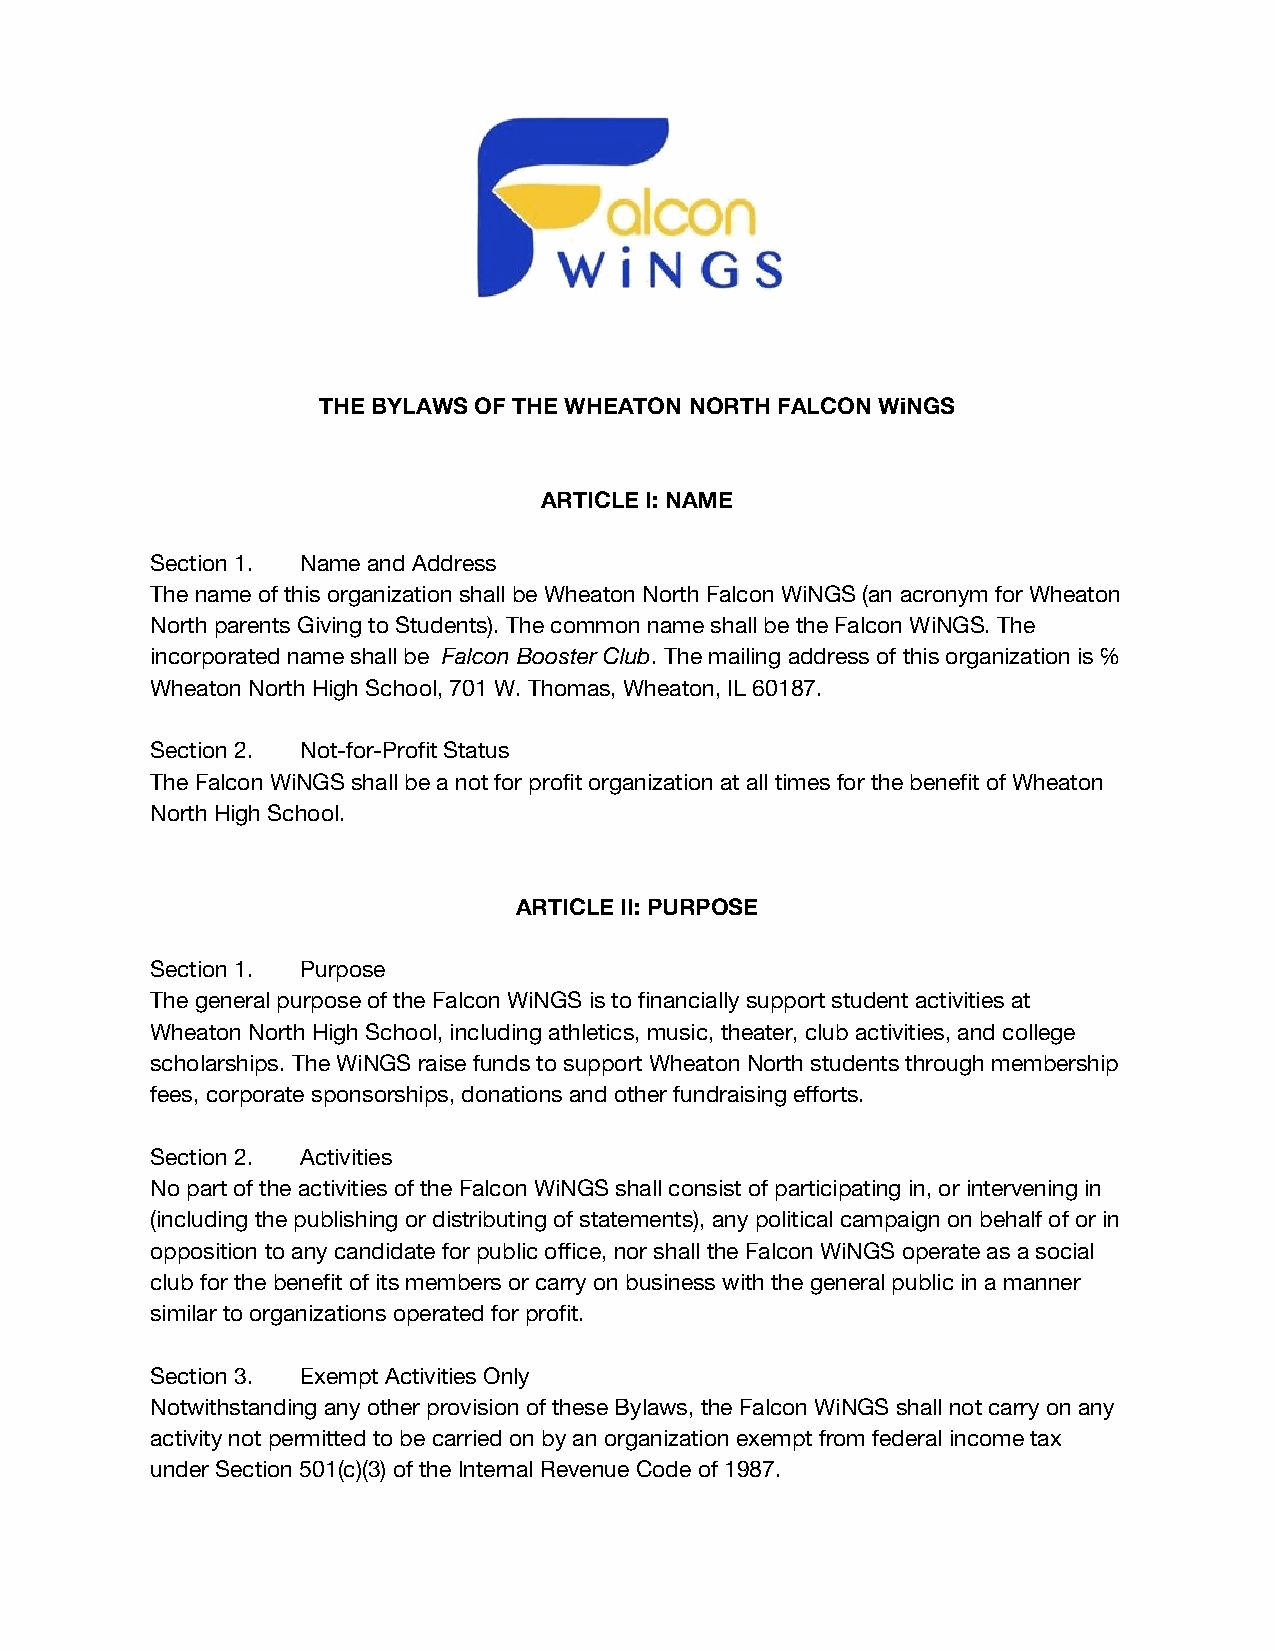
THE BYLAWS OF THE WHEATON NORTH FALCON WiNGS
 ARTICLE I: NAME
 Section 1. Name and Address
 The name of this organization shall be Wheaton North Falcon WiNGS (an acronym for Wheaton
 North parents Giving to Students). The common name shall be the Falcon WiNGS. The
 incorporated name shall be Falcon Booster Club. The mailing address of this organization is ℅
 ​             ​
 Wheaton North High School, 701 W. Thomas, Wheaton, IL 60187.
 Section 2. Not-for-Profit Status
 The Falcon WiNGS shall be a not for profit organization at all times for the benefit of Wheaton
 North High School.
 ARTICLE II: PURPOSE
 Section 1. Purpose
 The general purpose of the Falcon WiNGS is to financially support student activities at
 Wheaton North High School, including athletics, music, theater, club activities, and college
 scholarships. The WiNGS raise funds to support Wheaton North students through membership
 fees, corporate sponsorships, donations and other fundraising efforts.
 Section 2. Activities
 No part of the activities of the Falcon WiNGS shall consist of participating in, or intervening in
 (including the publishing or distributing of statements), any political campaign on behalf of or in
 opposition to any candidate for public office, nor shall the Falcon WiNGS operate as a social
 club for the benefit of its members or carry on business with the general public in a manner
 similar to organizations operated for profit.
 Section 3. Exempt Activities Only
 Notwithstanding any other provision of these Bylaws, the Falcon WiNGS shall not carry on any
 activity not permitted to be carried on by an organization exempt from federal income tax
 under Section 501(c)(3) of the Internal Revenue Code of 1987.